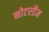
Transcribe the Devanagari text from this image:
नोटरडैम